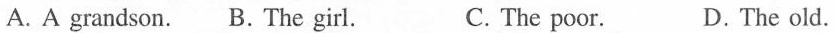
A.A grandson. B. The girl. C. The poor. D. The old.